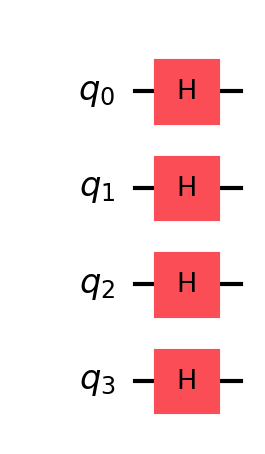
Description: Quantum random number generation for consensus
描述: 用于共识的量子随机数生成
Category: blockchain (difficulty: advanced)
Qubits: 4, circuit depth: 1
Blockchain relevance: direct

Braket implementation:
from braket.circuits import Circuit

circuit = Circuit()
circuit.h(0).h(1).h(2).h(3)

print(circuit)

Qiskit implementation:
from qiskit import QuantumCircuit
circuit = QuantumCircuit(4)
circuit.h(0).h(1).h(2).h(3)

print(circuit)